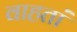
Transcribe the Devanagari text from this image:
वाहतां